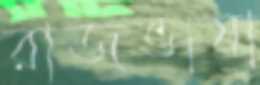
রাজভাষা